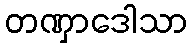
တဏှာဒေါသာ